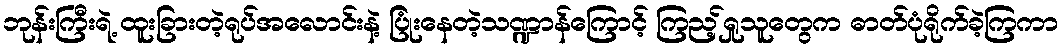
ဘုန်းကြီးရဲ့ ထူးခြားတဲ့ရုပ်အလောင်းနဲ့ ပြုံးနေတဲ့သဏ္ဍာန်ကြောင့် ကြည့်ရှုသူတွေက ဓာတ်ပုံရိုက်ခဲ့ကြကာ